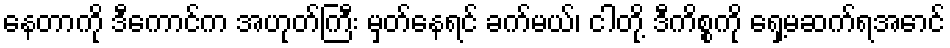
နေတာကို ဒီကောင်က အဟုတ်ကြီး မှတ်နေရင် ခက်မယ်၊ ငါတို့ ဒီကိစ္စကို ရှေ့မဆက်ရအောင်